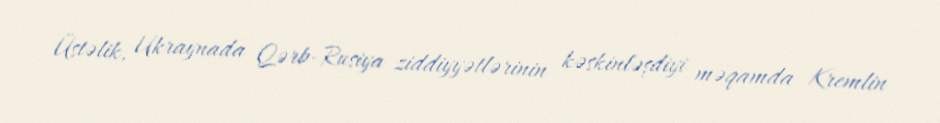
Üstəlik, Ukraynada Qərb-Rusiya ziddiyyətlərinin kəskinləşdiyi məqamda Kremlin